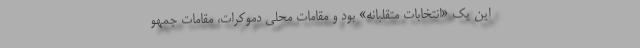
این یک «انتخابات متقلبانه» بود و مقامات محلی دموکرات، مقامات جمهو